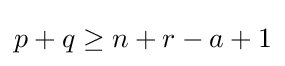
p+q\geq n+r-a+1